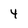
Character: 4